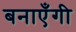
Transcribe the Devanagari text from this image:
बनाएँगी